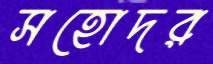
সহোদর